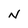
Character: N